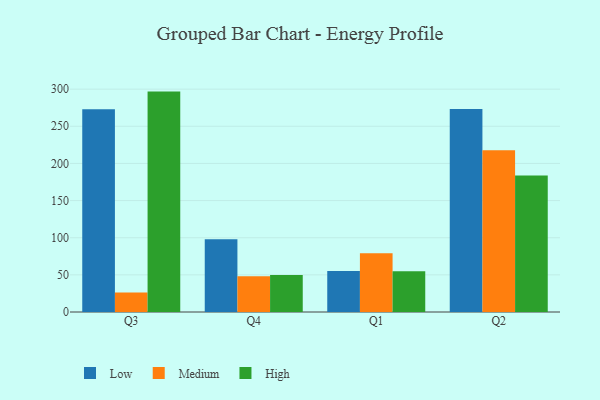
{"axis": {"x": "Quarter", "y": "Latency (ms)"}, "legend": ["High", "Low", "Medium"], "data": [{"x": "Q3", "y": 272.9, "type": "Low"}, {"x": "Q3", "y": 26.2, "type": "Medium"}, {"x": "Q3", "y": 296.7, "type": "High"}, {"x": "Q4", "y": 98.0, "type": "Low"}, {"x": "Q4", "y": 48.0, "type": "Medium"}, {"x": "Q4", "y": 49.8, "type": "High"}, {"x": "Q1", "y": 55.3, "type": "Low"}, {"x": "Q1", "y": 79.1, "type": "Medium"}, {"x": "Q1", "y": 54.7, "type": "High"}, {"x": "Q2", "y": 273.3, "type": "Low"}, {"x": "Q2", "y": 217.6, "type": "Medium"}, {"x": "Q2", "y": 183.6, "type": "High"}]}